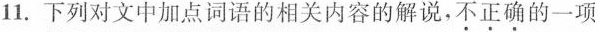
11.下列对文中加点词语的相关内容的解说，不正确的一项